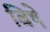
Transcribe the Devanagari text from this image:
बिषे